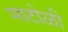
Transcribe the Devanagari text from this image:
माटोळी